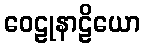
ဝေဠုနာဠိယော